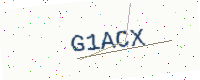
Text: G1ACX